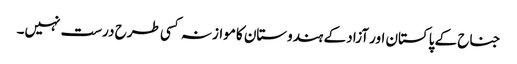
جناح کے پاکستان اور آزاد کے ہندوستان کا موازنہ کسی طرح درست نہیں۔